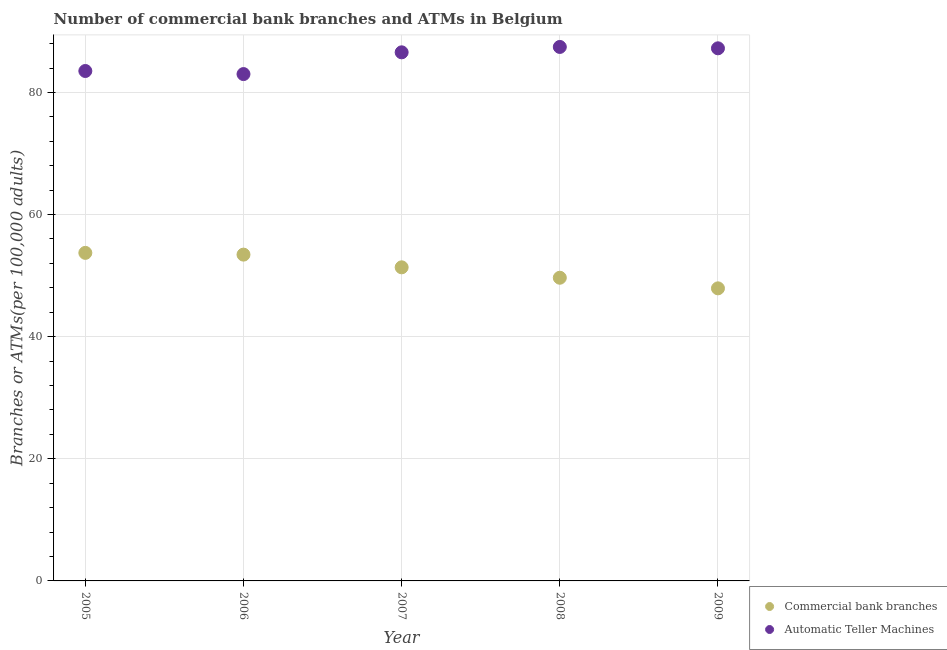
| Year | Commercial bank branches | Automatic Teller Machines |
 | --- | --- | --- |
 | 2005 | 53.7 | 83.5 |
 | 2006 | 53.4 | 83 |
 | 2007 | 51.4 | 86.6 |
 | 2008 | 49.7 | 87.5 |
 | 2009 | 47.9 | 87.2 |